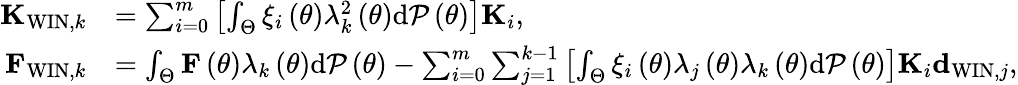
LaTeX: \begin{array}{rl}{{\mathbf K}_{\mathrm{WIN},k}}&{=\sum_{i=0}^{m}\left[\int_{\Theta}\xi_{i}\left(\theta\right)\lambda_{k}^{2}\left(\theta\right)\mathrm{d}{\cal P}\left(\theta\right)\right]{\mathbf K}_{i},}\\ {{\mathbf F}_{\mathrm{WIN},k}}&{=\int_{\Theta}{\mathbf F}\left(\theta\right)\lambda_{k}\left(\theta\right)\mathrm{d}{\cal P}\left(\theta\right)-\sum_{i=0}^{m}\sum_{j=1}^{k-1}\left[\int_{\Theta}\xi_{i}\left(\theta\right)\lambda_{j}\left(\theta\right)\lambda_{k}\left(\theta\right)\mathrm{d}{\cal P}\left(\theta\right)\right]{\mathbf K}_{i}{\mathbf d}_{\mathrm{WIN},j},}\end{array}